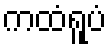
ကထံရူပံ